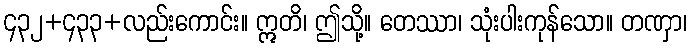
၄၃၂+၄၃၃+လည်းကောင်း။ ဣတိ၊ ဤသို့။ တေဿာ၊ သုံးပါးကုန်သော။ တဏှာ၊